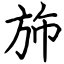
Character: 斾